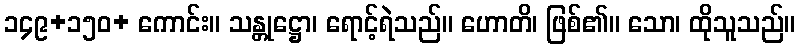
၁၄၉+၁၅၀+ ကောင်း။ သန္တုဋ္ဌော၊ ရောင့်ရဲသည်။ ဟောတိ၊ ဖြစ်၏။ သော၊ ထိုသူသည်။